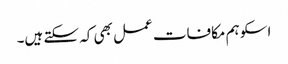
اسکو ہم مکافات عمل بھی کہ سکتے ہیں۔